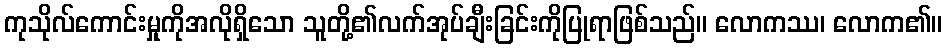
ကုသိုလ်ကောင်းမှုကိုအလိုရှိသော သူတို့၏လက်အုပ်ချီးခြင်းကိုပြုရာဖြစ်သည်။ လောကဿ၊ လောက၏။